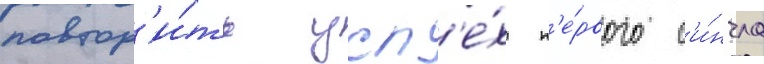
повтор'и́ть усп'е́х п'е́рвого с'и́нгла